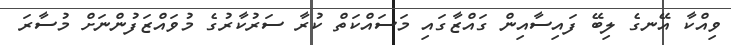
ވިއްކާ އޭނގެ ލިބޭ ފައިސާއިން ގައްޒާގައި މަސައްކަތް ކުރާ ސަރުކާރުގެ މުވައްޒަފުންނަށް މުސާރަ